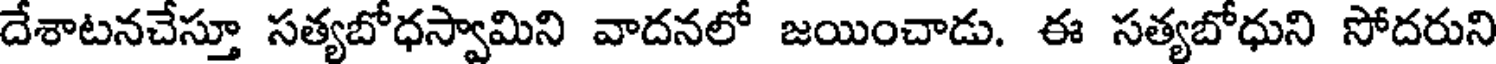
దేశాటనచేస్తూ సత్యబోధస్వామిని వాదనలో జయించాడు. ఈ సత్యబోధుని సోదరుని